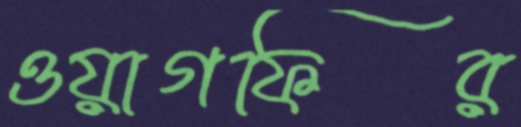
ওয়াগফির